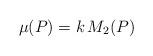
LaTeX: \begin{align*}\mu (P) = k \, M_2(P)\end{align*}